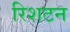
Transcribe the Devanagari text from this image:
रिशटन